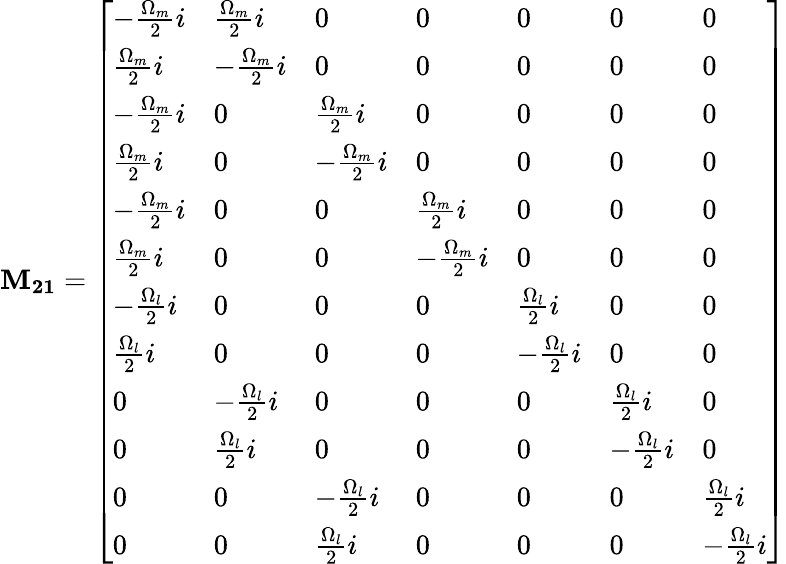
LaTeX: \mathbf{M_{21}}=\left[\begin{array}{lllllll}{-\frac{\Omega_{m}}{2}i}&{\frac{\Omega_{m}}{2}i}&{0}&{0}&{0}&{0}&{0}\\ {\frac{\Omega_{m}}{2}i}&{-\frac{\Omega_{m}}{2}i}&{0}&{0}&{0}&{0}&{0}\\ {-\frac{\Omega_{m}}{2}i}&{0}&{\frac{\Omega_{m}}{2}i}&{0}&{0}&{0}&{0}\\ {\frac{\Omega_{m}}{2}i}&{0}&{-\frac{\Omega_{m}}{2}i}&{0}&{0}&{0}&{0}\\ {-\frac{\Omega_{m}}{2}i}&{0}&{0}&{\frac{\Omega_{m}}{2}i}&{0}&{0}&{0}\\ {\frac{\Omega_{m}}{2}i}&{0}&{0}&{-\frac{\Omega_{m}}{2}i}&{0}&{0}&{0}\\ {-\frac{\Omega_{l}}{2}i}&{0}&{0}&{0}&{\frac{\Omega_{l}}{2}i}&{0}&{0}\\ {\frac{\Omega_{l}}{2}i}&{0}&{0}&{0}&{-\frac{\Omega_{l}}{2}i}&{0}&{0}\\ {0}&{-\frac{\Omega_{l}}{2}i}&{0}&{0}&{0}&{\frac{\Omega_{l}}{2}i}&{0}\\ {0}&{\frac{\Omega_{l}}{2}i}&{0}&{0}&{0}&{-\frac{\Omega_{l}}{2}i}&{0}\\ {0}&{0}&{-\frac{\Omega_{l}}{2}i}&{0}&{0}&{0}&{\frac{\Omega_{l}}{2}i}\\ {0}&{0}&{\frac{\Omega_{l}}{2}i}&{0}&{0}&{0}&{-\frac{\Omega_{l}}{2}i}\end{array}\right]